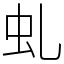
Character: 虬